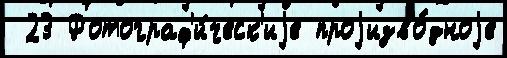
 23 Фотограф'и́ческ'иjе проjизво́дноjе